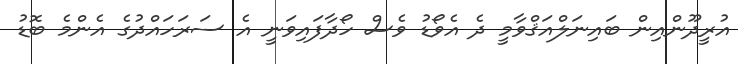
އުރީދޫންއިން ބައިނަލްއަޤްވާމީ ދެ އެވޯޑު ވެސް ހޯދާފައިވަނީ އެ ސަރަހައްދުގެ އެންމެ ބޮޑު